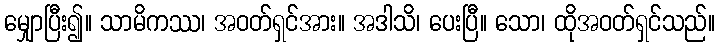
မျှောပြီး၍။ သာမိကဿ၊ အဝတ်ရှင်အား။ အဒါသိ၊ ပေးပြီ။ သော၊ ထိုအဝတ်ရှင်သည်။